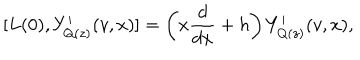
[ L ( 0 ) , Y _ { Q ( z ) } ^ { \prime } ( v , x ) ] = \left( x \frac { d } { d x } + h \right) Y _ { Q ( z ) } ^ { \prime } ( v , x ) ,